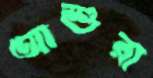
আশুরা